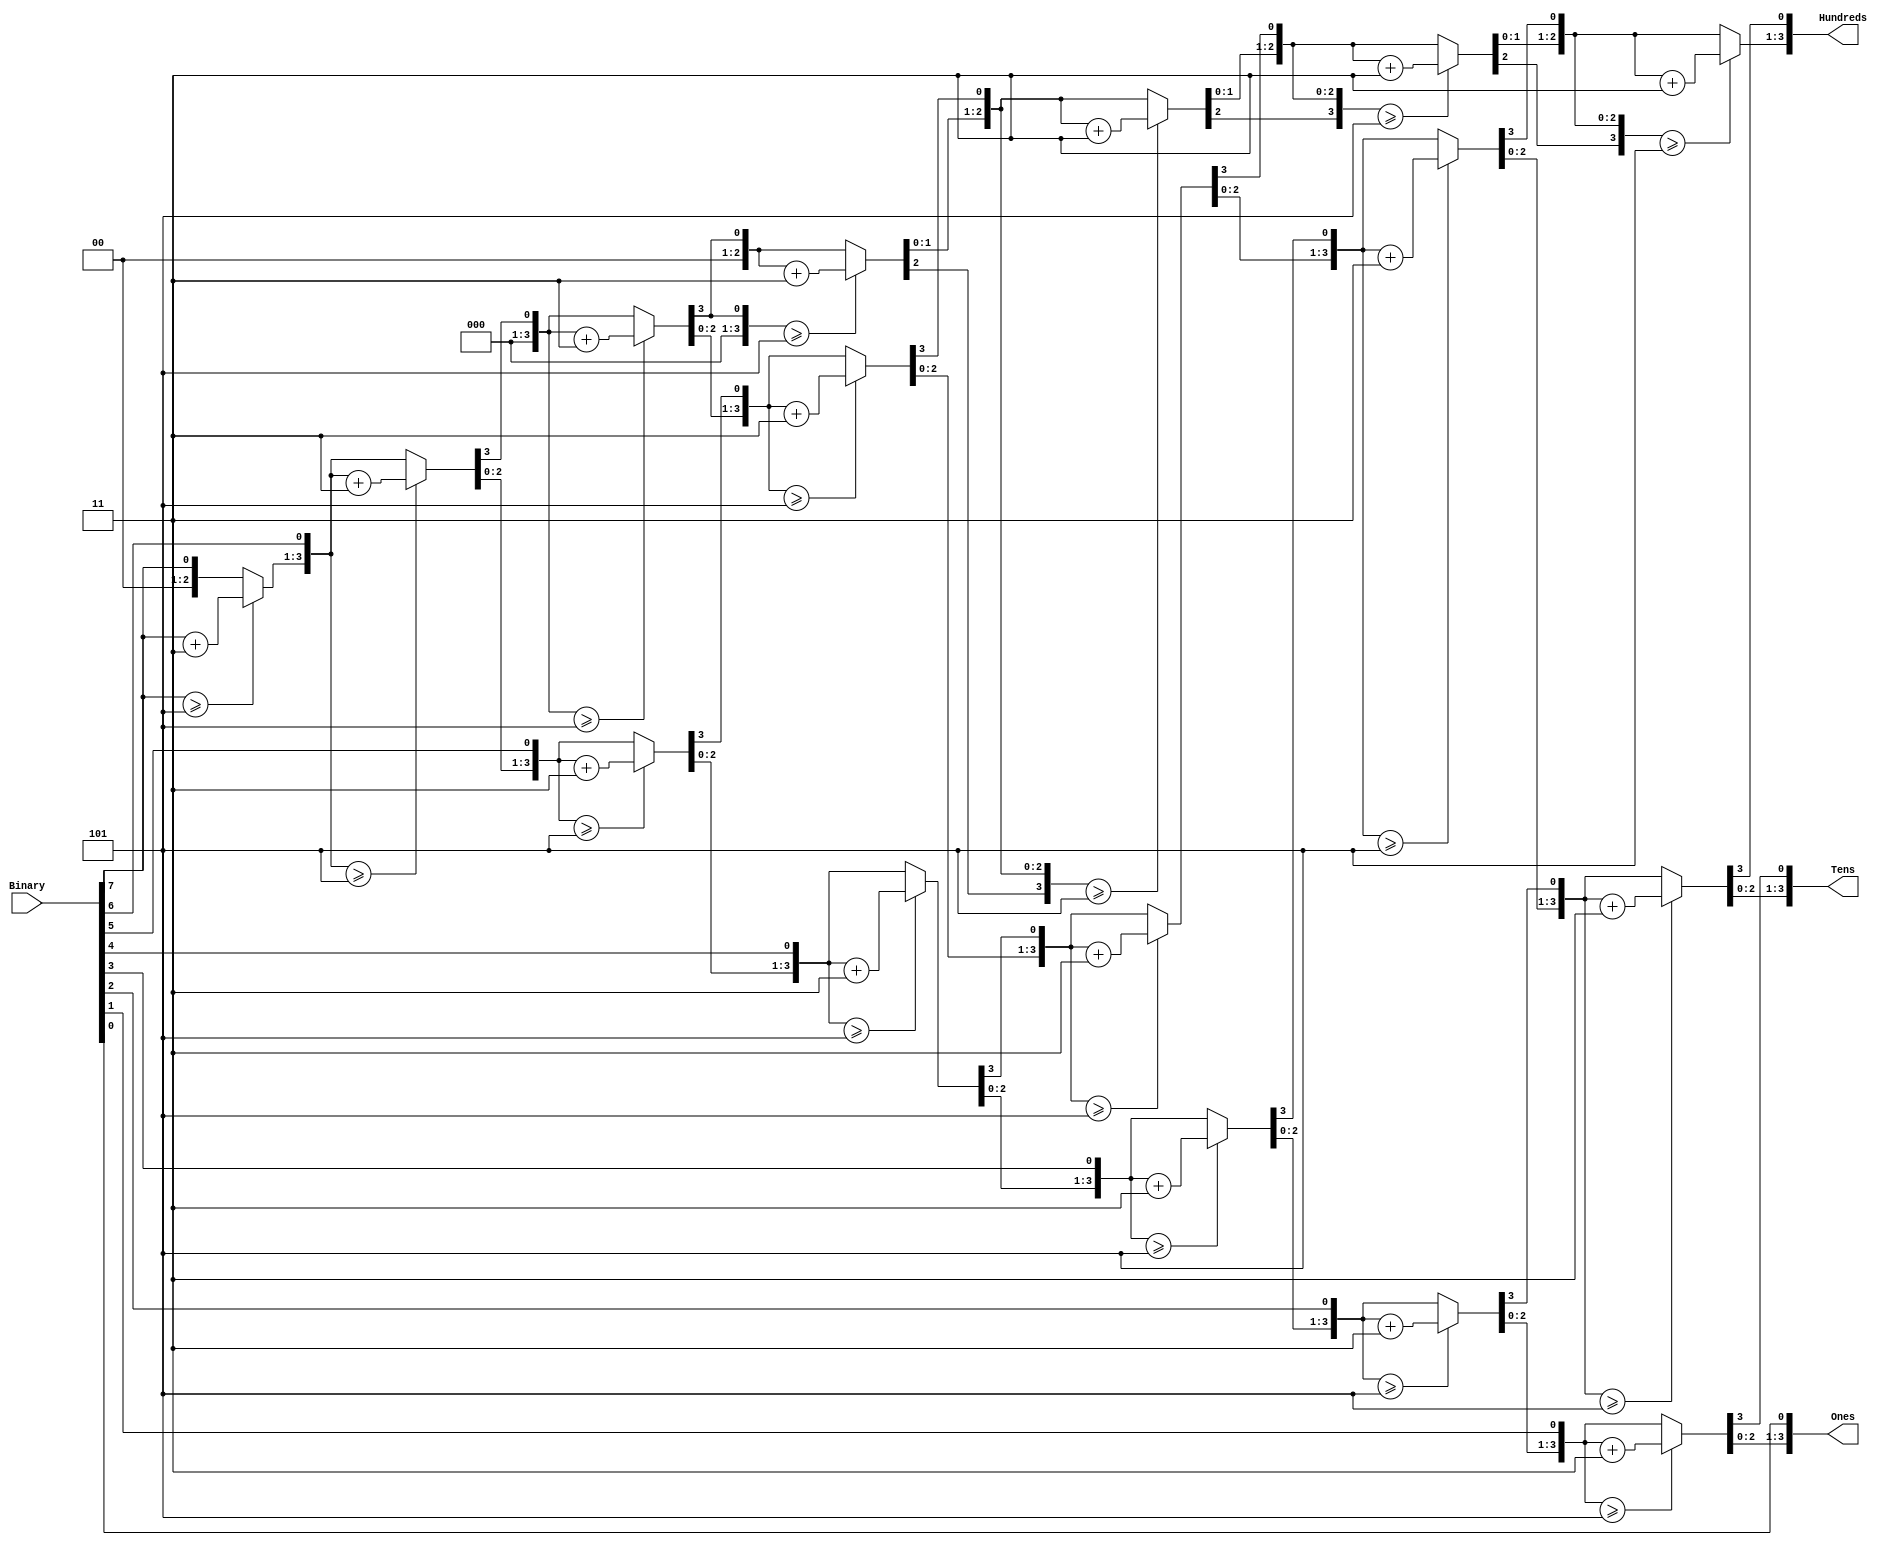
`timescale 1ns / 1ps
//////////////////////////////////////////////////////////////////////////////////
// Company: 
// Engineer: 
// 
// Design Name: 
// Module Name:    bcd 
// Project Name: 
// Target Devices: 
// Tool versions: 
// Description: 
//
// Dependencies: 
//
// Revision: 
// Revision 0.01 - File Created
// Additional Comments: 
//
//////////////////////////////////////////////////////////////////////////////////
module bcd (Hundreds, Tens, Ones, Binary);
input [7:0] Binary;
output reg [3:0] Hundreds;
output reg [3:0] Tens;
output reg [3:0] Ones;

integer i;

always @ (Binary)
begin
//tens hundreds and units will be initially placed as zero
Hundreds = 4'd0;
Tens = 4'd0;
Ones = 4'd0;
for (i=7; i>=0; i=i-1)
 begin 
//Check for all columns (H,T,U) for >=5
   if (Hundreds >= 5) 
	    Hundreds = Hundreds + 3;
	  if (Tens >= 5)
	    Tens = Tens + 3;
	   if (Ones >= 5)
		  Ones = Ones + 3;
		//Shift all binary digits left 1
	 Hundreds = Hundreds <<1;
	 Hundreds[0] = Tens[3];
	 Tens = Tens << 1;
	 Tens[0] = Ones[3];
	 Ones = Ones << 1;
	 Ones[0] = Binary[i];
 end
end

endmodule